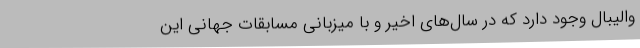
والیبال وجود دارد که در سال‌های اخیر و با میزبانی مسابقات جهانی این